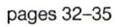
pages 32-35